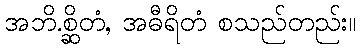
အဘိ.စ္ဆိတံ, အဓီရိတံ စသည်တည်း။